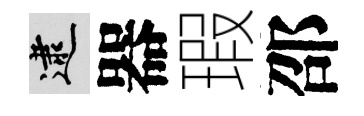
逮器瑕邵